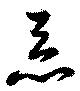
悪